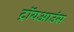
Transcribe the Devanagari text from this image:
ट्रॉयआउंस